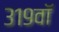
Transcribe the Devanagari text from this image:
३१९वॉ